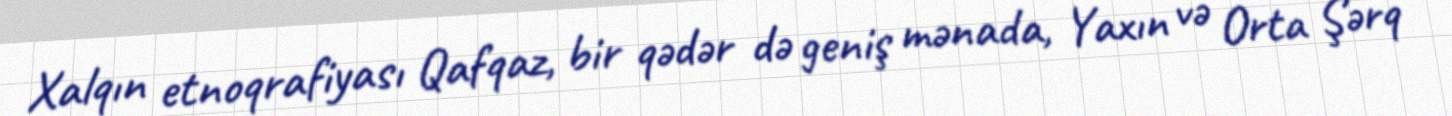
Xalqın etnoqrafiyası Qafqaz, bir qədər də geniş mənada, Yaxın və Orta Şərq